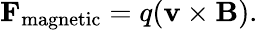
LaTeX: \mathbf{F}_{\mathrm{magnetic}}=q(\mathbf{v}\times\mathbf{B}).